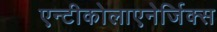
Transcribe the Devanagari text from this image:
एन्टीकोलाएनेर्जिक्स